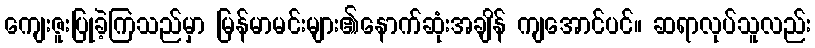
ကျေးဇူးပြုခဲ့ကြသည်မှာ မြန်မာမင်းများ၏နောက်ဆုံးအချိန် ကျအောင်ပင်။ ဆရာလုပ်သူလည်း